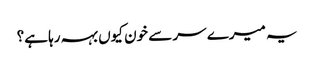
یہ میرے سر سے خون کیوں بہہ رہا ہے؟